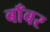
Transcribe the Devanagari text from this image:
बाँबर